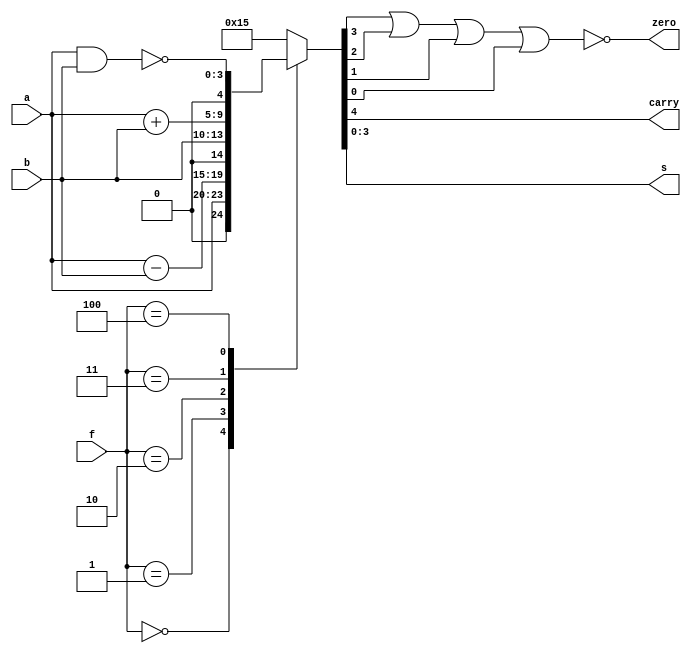
//Tester ALU del procesador
module ALU(input [2:0] f, input [3:0] a, b, output carry, zero, output [3:0] s);

    reg [4:0] control; //variable que nos ayudara a realizar tanto las operaciones como verificar el estado de zero y carry

    always @ (a, b, f)
        case(f)
            3'b000: control = a; //out, jumps y st
            3'b001: control = a - b; //CMPI y CMPM
            3'b010: control = b; //LIT, in y ld
            3'b011: control = a + b; //ADDI y ADDM
            3'b100: control = {1'b0, ~(a & b)}; //NANDI y NANDM
            default: control = 5'b10101;//valor por defecto de controll si la instruccion no se encuentra
        endcase

    assign s = control[3:0];//salida de la ALU despues de operar
    assign carry = control[4]; //Bit si existe overflow en la operacin
    assign zero = ~(control[3] | control[2] | control[1] | control[0]); //Bit que se enciende cuando la salida S es igual a 0

endmodule